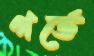
গর্ভে